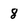
Character: 8